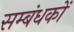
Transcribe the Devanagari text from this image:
सम्बंधकों